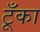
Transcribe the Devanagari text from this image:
टूँका